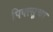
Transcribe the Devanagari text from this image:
पिक्त्सूचा